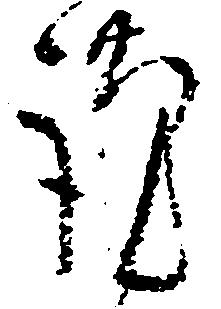
謹